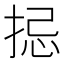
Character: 𢭄